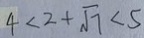
4 < 2 + \sqrt { 7 } < 5